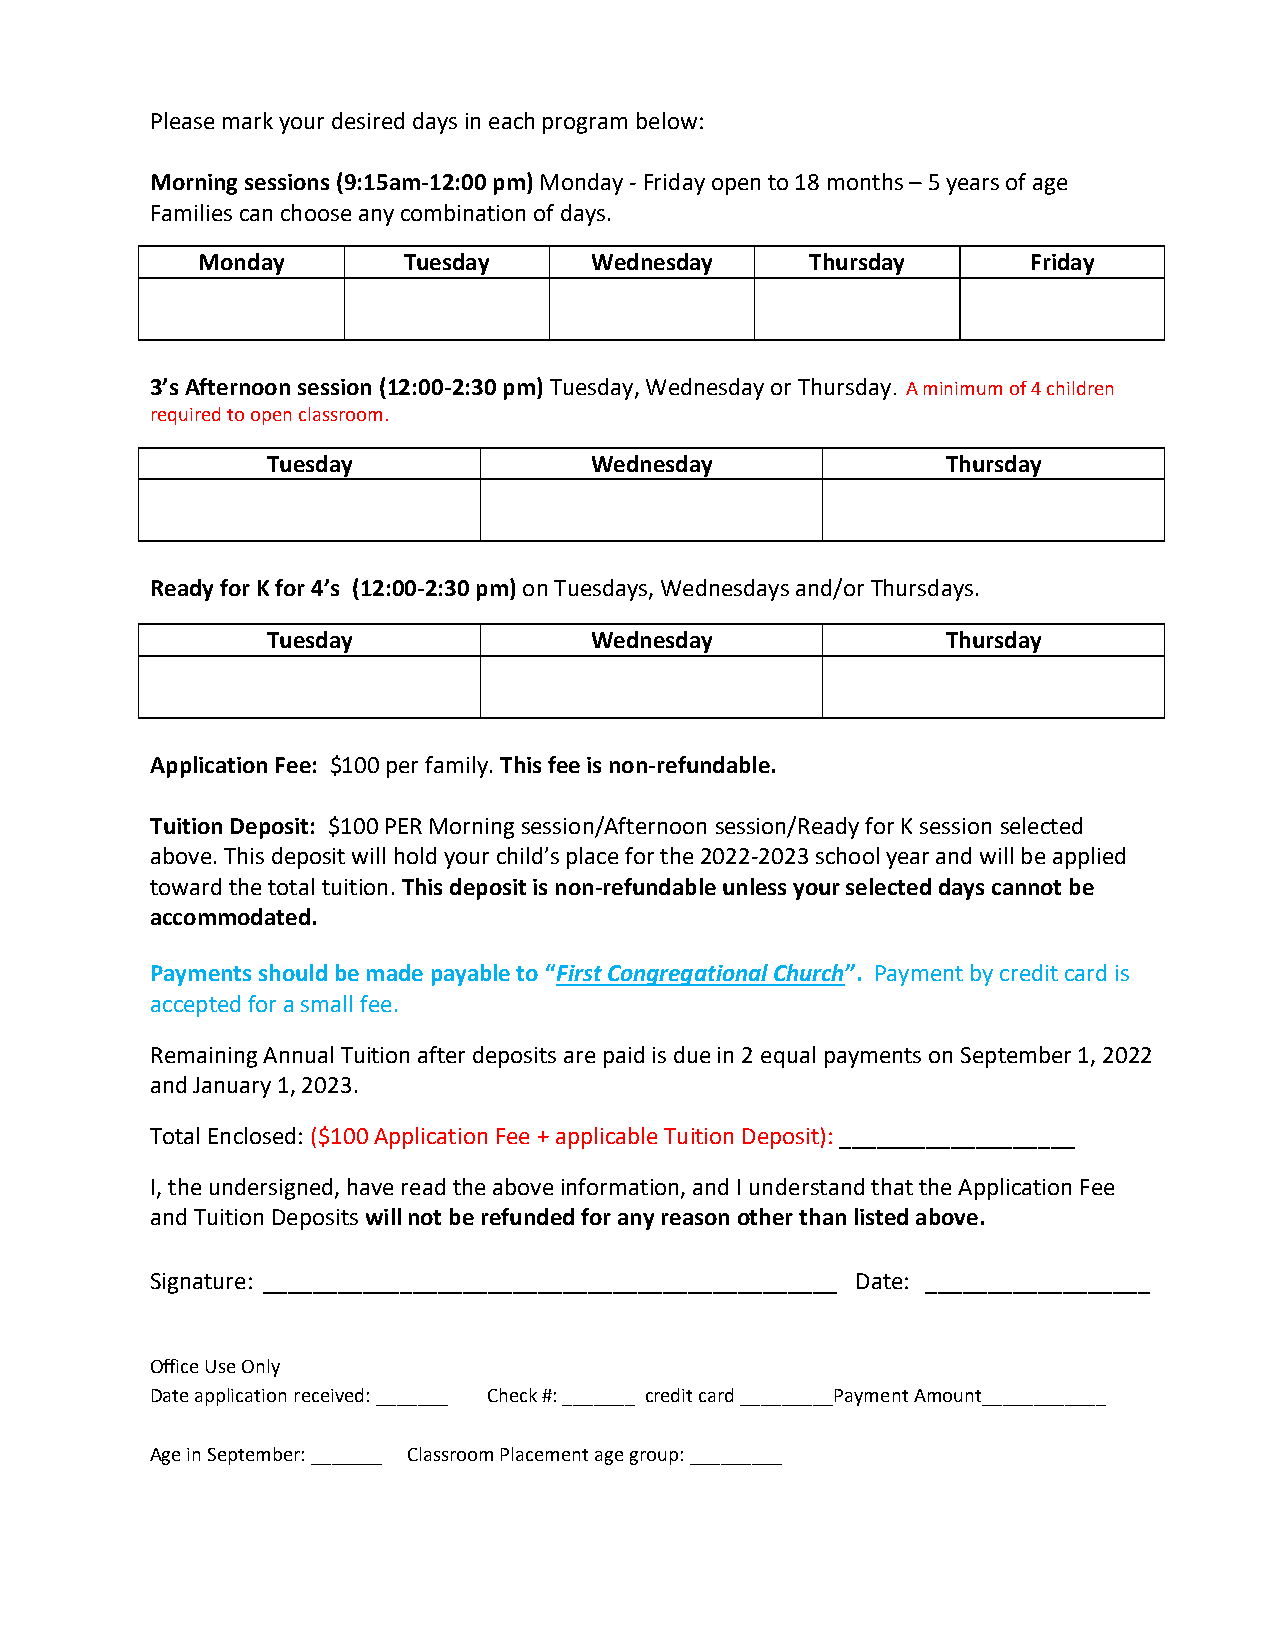
Please mark your desired days in each program below:
 Morning sessions (9:15am-12:00 pm) Monday - Friday open to 18 months – 5 years of age
 Families can choose any combination of days.
 Monday        Tuesday     Wednesday      Thursday      Friday
 3’s Afternoon session (12:00-2:30 pm) Tuesday, Wednesday or Thursday. A minimum of 4 children
 required to open classroom.
 Tuesday              Wednesday               Thursday
 Ready for K for 4’s (12:00-2:30 pm) on Tuesdays, Wednesdays and/or Thursdays.
 Tuesday              Wednesday               Thursday
 Application Fee: $100 per family. This fee is non-refundable.
 Tuition Deposit: $100 PER Morning session/Afternoon session/Ready for K session selected
 above. This deposit will hold your child’s place for the 2022-2023 school year and will be applied
 toward the total tuition. This deposit is non-refundable unless your selected days cannot be
 accommodated.
 Payments should be made payable to “First Congregational Church”. Payment by credit card is
 accepted for a small fee.
 Remaining Annual Tuition after deposits are paid is due in 2 equal payments on September 1, 2022
 and January 1, 2023.
 Total Enclosed: ($100 Application Fee + applicable Tuition Deposit): ___________________
 I, the undersigned, have read the above information, and I understand that the Application Fee
 and Tuition Deposits will not be refunded for any reason other than listed above.
 Signature: ______________________________________________ Date: __________________
 Office Use Only
 Date application received: _______ Check #: _______ credit card _________Payment Amount____________
 Age in September: _______ Classroom Placement age group: _________